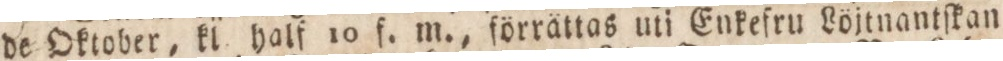
de Oktober, kl half 10 f. m., förrättas uti Enkefru Löjtnantſkan